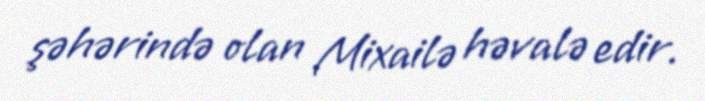
şəhərində olan Mixailə həvalə edir.